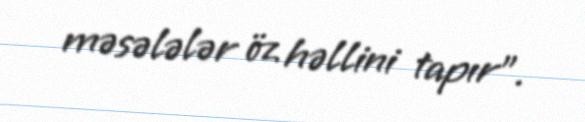
məsələlər öz həllini tapır".